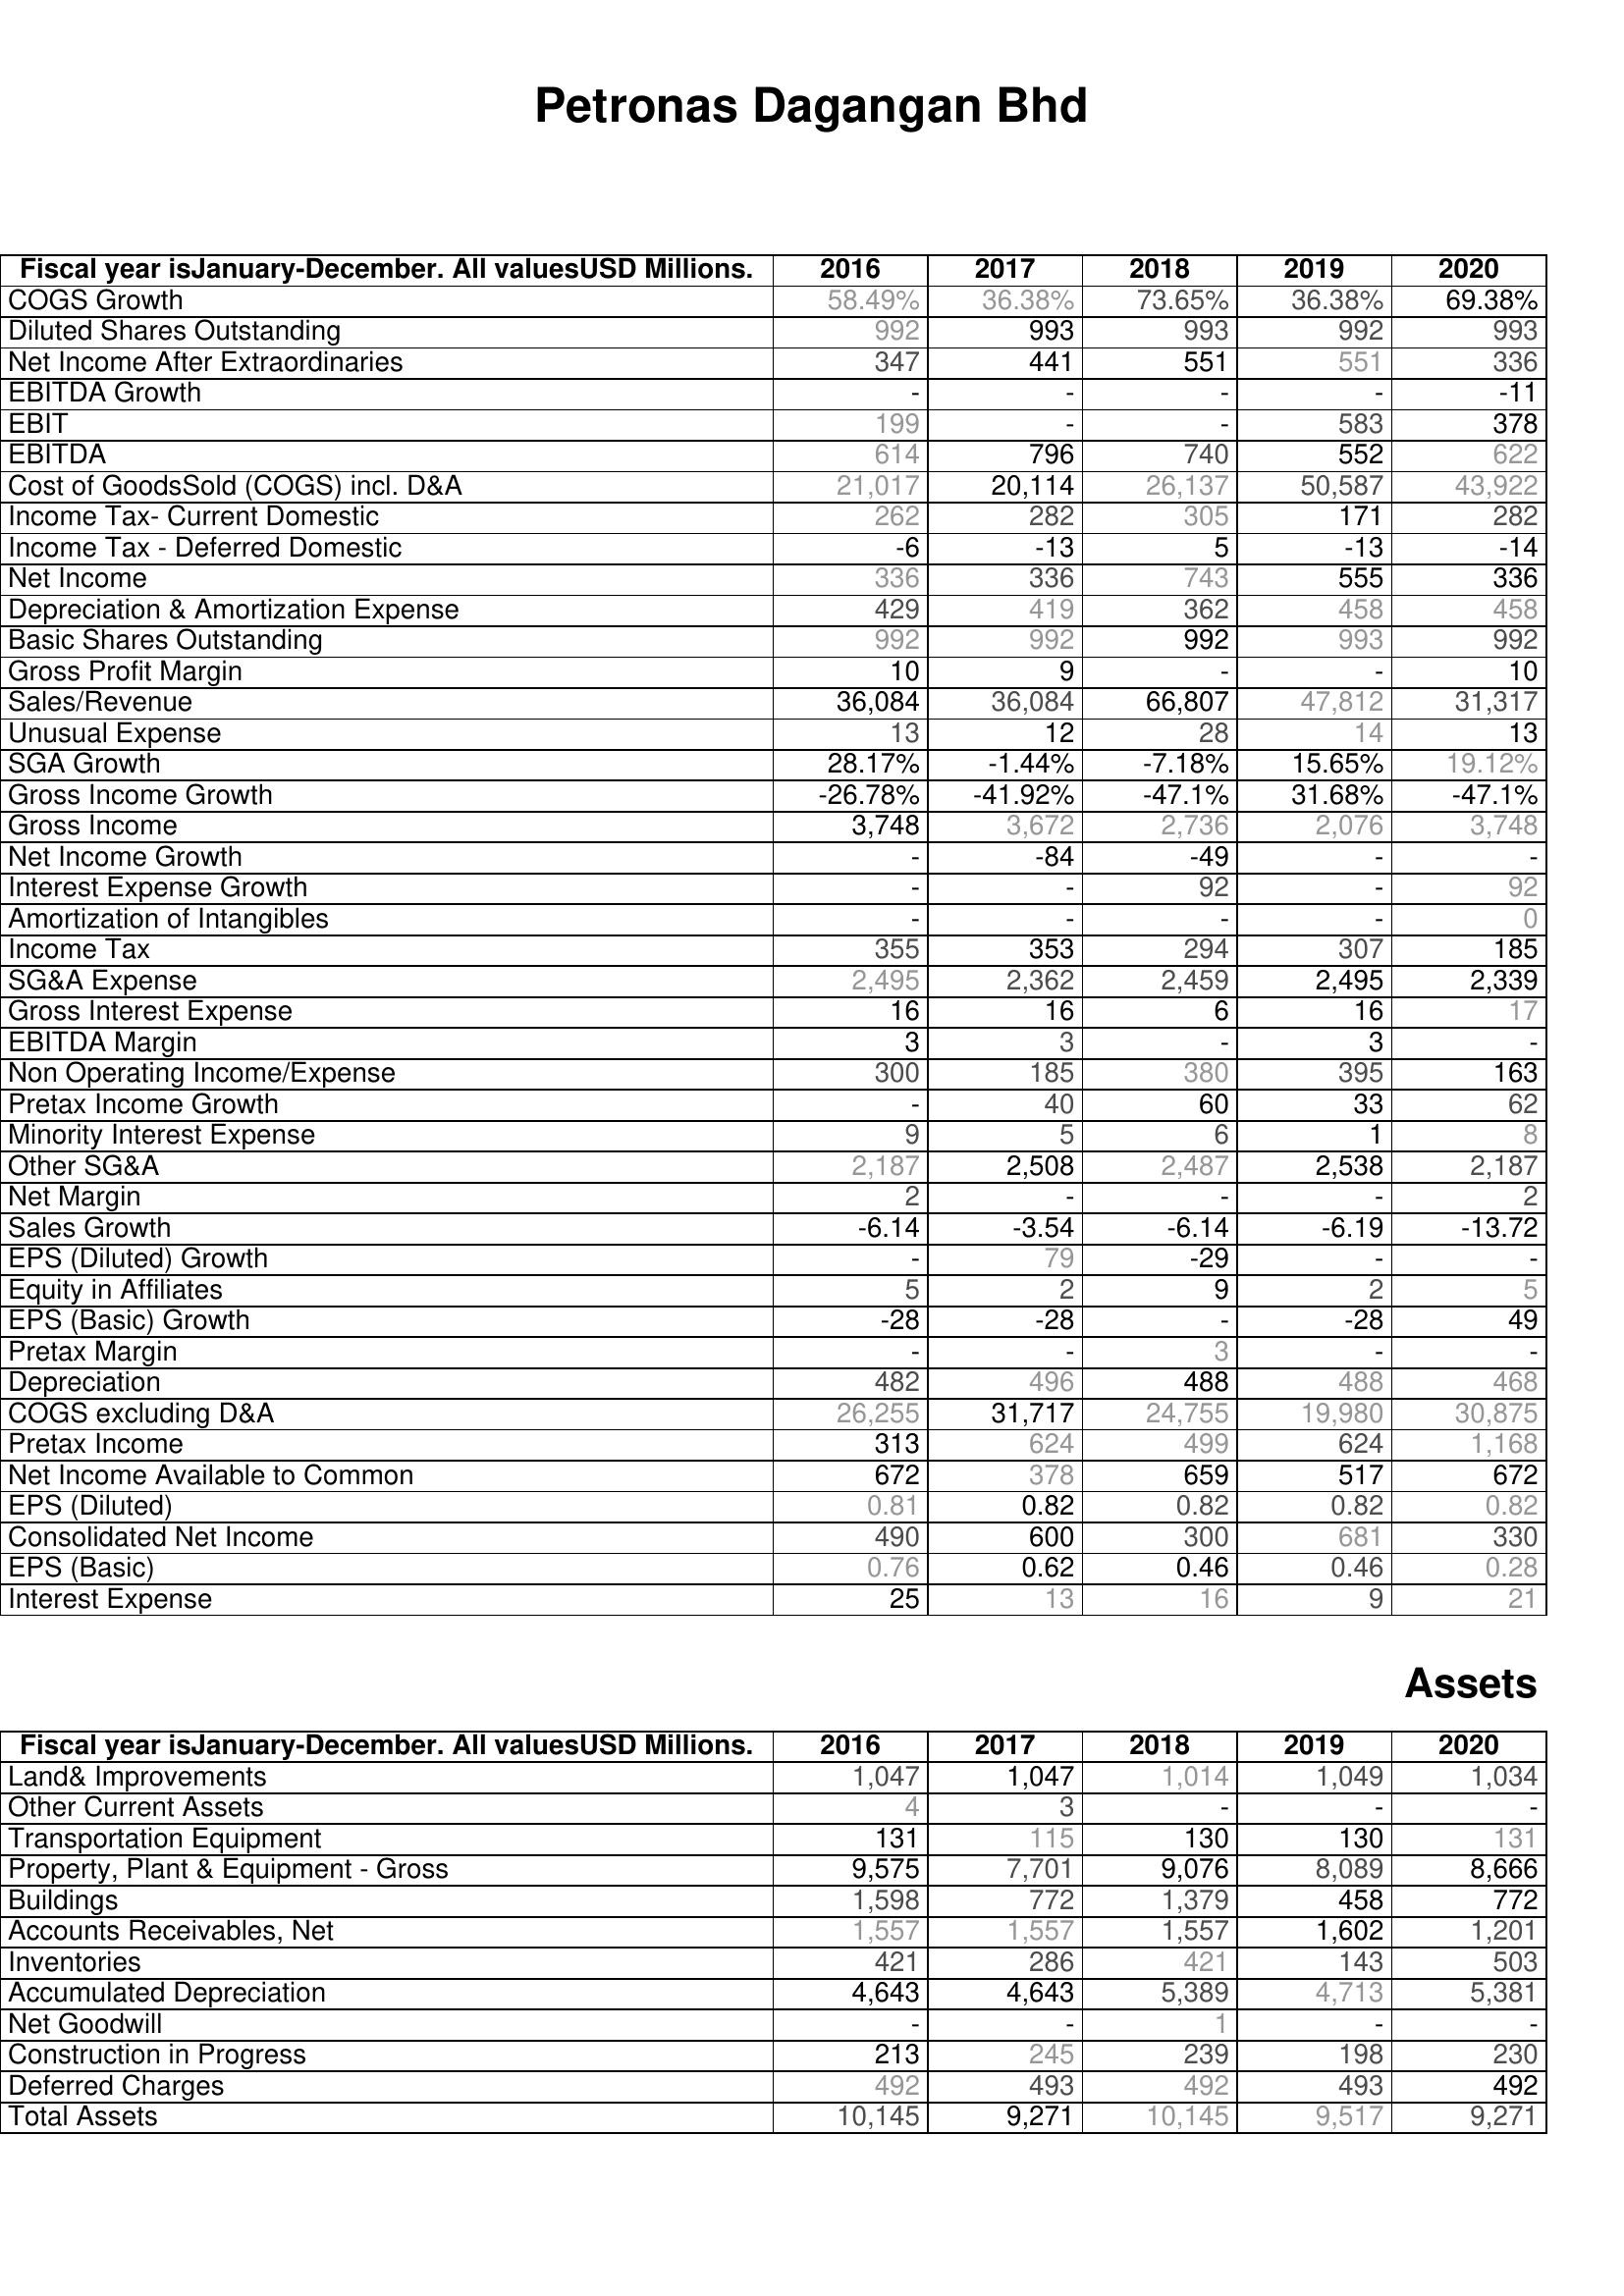
2016: : COGS Growth: 58.49%
Diluted Shares Outstanding: 992
Net Income After Extraordinaries: 347
EBITDA Growth: -
EBIT: 199
EBITDA: 614
Cost of GoodsSold (COGS) incl. D&A: 21,017
Income Tax- Current Domestic: 262
Income Tax - Deferred Domestic: -6
Net Income: 336
Depreciation & Amortization Expense: 429
Basic Shares Outstanding: 992
Gross Profit Margin: 10
Sales/Revenue: 36,084
Unusual Expense: 13
SGA Growth: 28.17%
Gross Income Growth: -26.78%
Gross Income: 3,748
Net Income Growth: -
Interest Expense Growth: -
Amortization of Intangibles: -
Income Tax: 355
SG&A Expense: 2,495
Gross Interest Expense: 16
EBITDA Margin: 3
Non Operating Income/Expense: 300
Pretax Income Growth: -
Minority Interest Expense: 9
Other SG&A: 2,187
Net Margin: 2
Sales Growth: -6.14
EPS (Diluted) Growth: -
Equity in Affiliates: 5
EPS (Basic) Growth: -28
Pretax Margin: -
Depreciation: 482
COGS excluding D&A: 26,255
Pretax Income: 313
Net Income Available to Common: 672
EPS (Diluted): 0.81
Consolidated Net Income: 490
EPS (Basic): 0.76
Interest Expense: 25
Assets: Land& Improvements: 1,047
Other Current Assets: 4
Transportation Equipment: 131
Property, Plant & Equipment - Gross : 9,575
Buildings: 1,598
Accounts Receivables, Net: 1,557
Inventories: 421
Accumulated Depreciation: 4,643
Net Goodwill: -
Construction in Progress: 213
Deferred Charges: 492
Total Assets: 10,145
2017: : COGS Growth: 36.38%
Diluted Shares Outstanding: 993
Net Income After Extraordinaries: 441
EBITDA Growth: -
EBIT: -
EBITDA: 796
Cost of GoodsSold (COGS) incl. D&A: 20,114
Income Tax- Current Domestic: 282
Income Tax - Deferred Domestic: -13
Net Income: 336
Depreciation & Amortization Expense: 419
Basic Shares Outstanding: 992
Gross Profit Margin: 9
Sales/Revenue: 36,084
Unusual Expense: 12
SGA Growth: -1.44%
Gross Income Growth: -41.92%
Gross Income: 3,672
Net Income Growth: -84
Interest Expense Growth: -
Amortization of Intangibles: -
Income Tax: 353
SG&A Expense: 2,362
Gross Interest Expense: 16
EBITDA Margin: 3
Non Operating Income/Expense: 185
Pretax Income Growth: 40
Minority Interest Expense: 5
Other SG&A: 2,508
Net Margin: -
Sales Growth: -3.54
EPS (Diluted) Growth: 79
Equity in Affiliates: 2
EPS (Basic) Growth: -28
Pretax Margin: -
Depreciation: 496
COGS excluding D&A: 31,717
Pretax Income: 624
Net Income Available to Common: 378
EPS (Diluted): 0.82
Consolidated Net Income: 600
EPS (Basic): 0.62
Interest Expense: 13
Assets: Land& Improvements: 1,047
Other Current Assets: 3
Transportation Equipment: 115
Property, Plant & Equipment - Gross : 7,701
Buildings: 772
Accounts Receivables, Net: 1,557
Inventories: 286
Accumulated Depreciation: 4,643
Net Goodwill: -
Construction in Progress: 245
Deferred Charges: 493
Total Assets: 9,271
2018: : COGS Growth: 73.65%
Diluted Shares Outstanding: 993
Net Income After Extraordinaries: 551
EBITDA Growth: -
EBIT: -
EBITDA: 740
Cost of GoodsSold (COGS) incl. D&A: 26,137
Income Tax- Current Domestic: 305
Income Tax - Deferred Domestic: 5
Net Income: 743
Depreciation & Amortization Expense: 362
Basic Shares Outstanding: 992
Gross Profit Margin: -
Sales/Revenue: 66,807
Unusual Expense: 28
SGA Growth: -7.18%
Gross Income Growth: -47.1%
Gross Income: 2,736
Net Income Growth: -49
Interest Expense Growth: 92
Amortization of Intangibles: -
Income Tax: 294
SG&A Expense: 2,459
Gross Interest Expense: 6
EBITDA Margin: -
Non Operating Income/Expense: 380
Pretax Income Growth: 60
Minority Interest Expense: 6
Other SG&A: 2,487
Net Margin: -
Sales Growth: -6.14
EPS (Diluted) Growth: -29
Equity in Affiliates: 9
EPS (Basic) Growth: -
Pretax Margin: 3
Depreciation: 488
COGS excluding D&A: 24,755
Pretax Income: 499
Net Income Available to Common: 659
EPS (Diluted): 0.82
Consolidated Net Income: 300
EPS (Basic): 0.46
Interest Expense: 16
Assets: Land& Improvements: 1,014
Other Current Assets: -
Transportation Equipment: 130
Property, Plant & Equipment - Gross : 9,076
Buildings: 1,379
Accounts Receivables, Net: 1,557
Inventories: 421
Accumulated Depreciation: 5,389
Net Goodwill: 1
Construction in Progress: 239
Deferred Charges: 492
Total Assets: 10,145
2019: : COGS Growth: 36.38%
Diluted Shares Outstanding: 992
Net Income After Extraordinaries: 551
EBITDA Growth: -
EBIT: 583
EBITDA: 552
Cost of GoodsSold (COGS) incl. D&A: 50,587
Income Tax- Current Domestic: 171
Income Tax - Deferred Domestic: -13
Net Income: 555
Depreciation & Amortization Expense: 458
Basic Shares Outstanding: 993
Gross Profit Margin: -
Sales/Revenue: 47,812
Unusual Expense: 14
SGA Growth: 15.65%
Gross Income Growth: 31.68%
Gross Income: 2,076
Net Income Growth: -
Interest Expense Growth: -
Amortization of Intangibles: -
Income Tax: 307
SG&A Expense: 2,495
Gross Interest Expense: 16
EBITDA Margin: 3
Non Operating Income/Expense: 395
Pretax Income Growth: 33
Minority Interest Expense: 1
Other SG&A: 2,538
Net Margin: -
Sales Growth: -6.19
EPS (Diluted) Growth: -
Equity in Affiliates: 2
EPS (Basic) Growth: -28
Pretax Margin: -
Depreciation: 488
COGS excluding D&A: 19,980
Pretax Income: 624
Net Income Available to Common: 517
EPS (Diluted): 0.82
Consolidated Net Income: 681
EPS (Basic): 0.46
Interest Expense: 9
Assets: Land& Improvements: 1,049
Other Current Assets: -
Transportation Equipment: 130
Property, Plant & Equipment - Gross : 8,089
Buildings: 458
Accounts Receivables, Net: 1,602
Inventories: 143
Accumulated Depreciation: 4,713
Net Goodwill: -
Construction in Progress: 198
Deferred Charges: 493
Total Assets: 9,517
2020: : COGS Growth: 69.38%
Diluted Shares Outstanding: 993
Net Income After Extraordinaries: 336
EBITDA Growth: -11
EBIT: 378
EBITDA: 622
Cost of GoodsSold (COGS) incl. D&A: 43,922
Income Tax- Current Domestic: 282
Income Tax - Deferred Domestic: -14
Net Income: 336
Depreciation & Amortization Expense: 458
Basic Shares Outstanding: 992
Gross Profit Margin: 10
Sales/Revenue: 31,317
Unusual Expense: 13
SGA Growth: 19.12%
Gross Income Growth: -47.1%
Gross Income: 3,748
Net Income Growth: -
Interest Expense Growth: 92
Amortization of Intangibles: 0
Income Tax: 185
SG&A Expense: 2,339
Gross Interest Expense: 17
EBITDA Margin: -
Non Operating Income/Expense: 163
Pretax Income Growth: 62
Minority Interest Expense: 8
Other SG&A: 2,187
Net Margin: 2
Sales Growth: -13.72
EPS (Diluted) Growth: -
Equity in Affiliates: 5
EPS (Basic) Growth: 49
Pretax Margin: -
Depreciation: 468
COGS excluding D&A: 30,875
Pretax Income: 1,168
Net Income Available to Common: 672
EPS (Diluted): 0.82
Consolidated Net Income: 330
EPS (Basic): 0.28
Interest Expense: 21
Assets: Land& Improvements: 1,034
Other Current Assets: -
Transportation Equipment: 131
Property, Plant & Equipment - Gross : 8,666
Buildings: 772
Accounts Receivables, Net: 1,201
Inventories: 503
Accumulated Depreciation: 5,381
Net Goodwill: -
Construction in Progress: 230
Deferred Charges: 492
Total Assets: 9,271